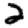
Digit: 2